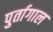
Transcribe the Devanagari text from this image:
पुर्तागाल